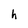
Character: h